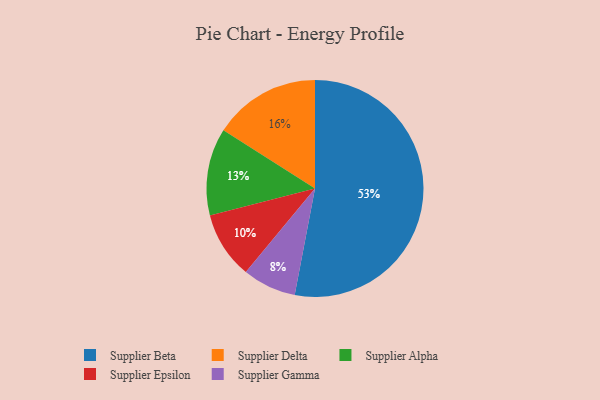
{"axis": {"x": "Category", "y": "Percentage"}, "legend": ["Supplier Alpha", "Supplier Beta", "Supplier Delta", "Supplier Epsilon", "Supplier Gamma"], "data": [{"x": "Supplier Alpha", "y": 13, "type": "Supplier Alpha"}, {"x": "Supplier Epsilon", "y": 10, "type": "Supplier Epsilon"}, {"x": "Supplier Delta", "y": 16, "type": "Supplier Delta"}, {"x": "Supplier Beta", "y": 53, "type": "Supplier Beta"}, {"x": "Supplier Gamma", "y": 8, "type": "Supplier Gamma"}]}